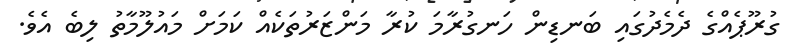
ގުރޫޕެއްގެ ދެމެދުގައި ބަނޑިން ހަނގުރާމަ ކުރާ މަންޒަރުތަކެއް ކަމަށް މައުލޫމާތު ލިބެ އެވެ.